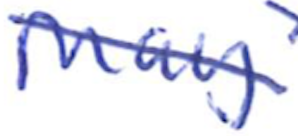
Text: May
Cross-out: diagonal
Writing tool: ballpoint